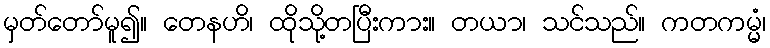
မှတ်တော်မူ၍။ တေနဟိ၊ ထိုသို့တပြီးကား။ တယာ၊ သင်သည်။ ကတကမ္မံ၊